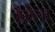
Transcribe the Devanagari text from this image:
हैलेना